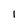
Character: l